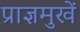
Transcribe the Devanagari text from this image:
प्राज्ञमुखें